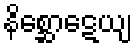
နိစ္ဆောဋေယျ